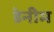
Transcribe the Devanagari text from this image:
डेनीम